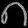
Digit: ၈